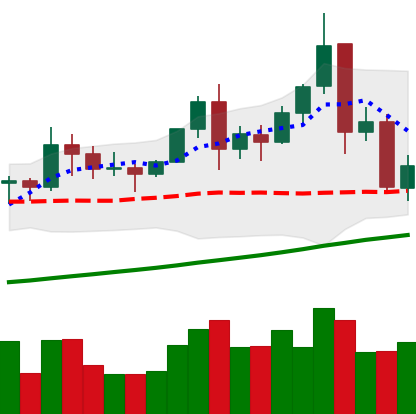
Ticker: TRX-USD
Chart end date: 2021-11-19
Forward return: -3.189%
Label: down_3_5